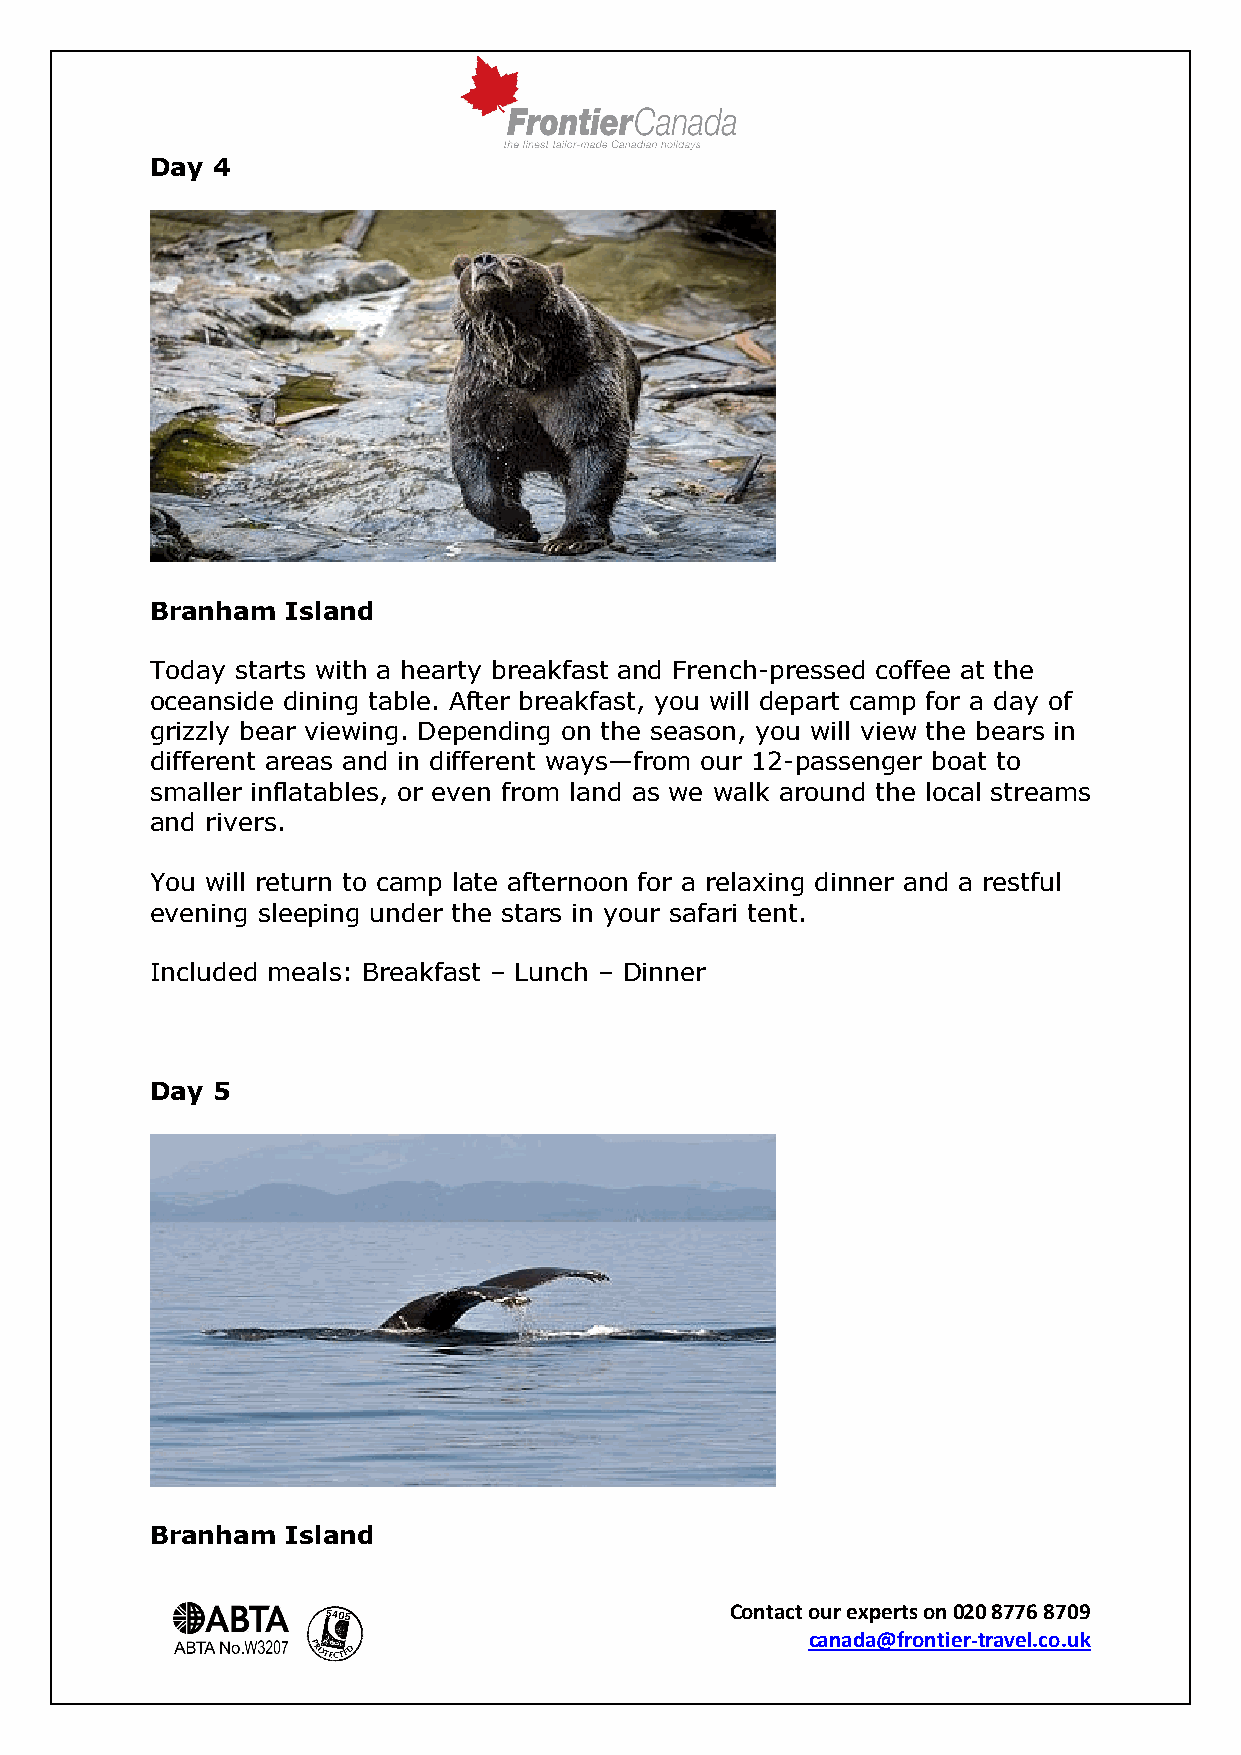
Day 4
 Branham  Island
 Today starts with a hearty breakfast and French-pressed coffee at the
 oceanside dining table. After breakfast, you will depart camp for a day of
 grizzly bear viewing. Depending on the season, you will view the bears in
 different areas and in different ways—from our 12-passenger boat to
 smaller inflatables, or even from land as we walk around the local streams
 and rivers.
 You will return to camp late afternoon for a relaxing dinner and a restful
 evening sleeping under the stars in your safari tent.
 Included meals: Breakfast – Lunch – Dinner
 Day 5
 Branham  Island
 Contact our experts on 020 8776 8709
 canada@frontier-travel.co.uk